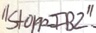
Text: "Stopp_FB2"